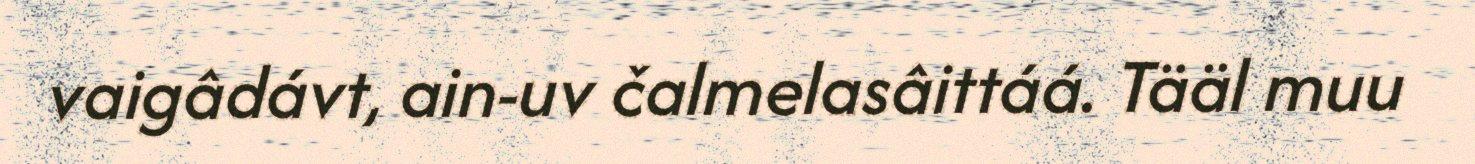
vaigâdávt, ain-uv čalmelasâittáá. Tääl muu